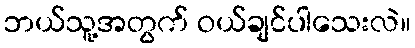
ဘယ်သူ့အတွက် ဝယ်ချင်ပါသေးလဲ။